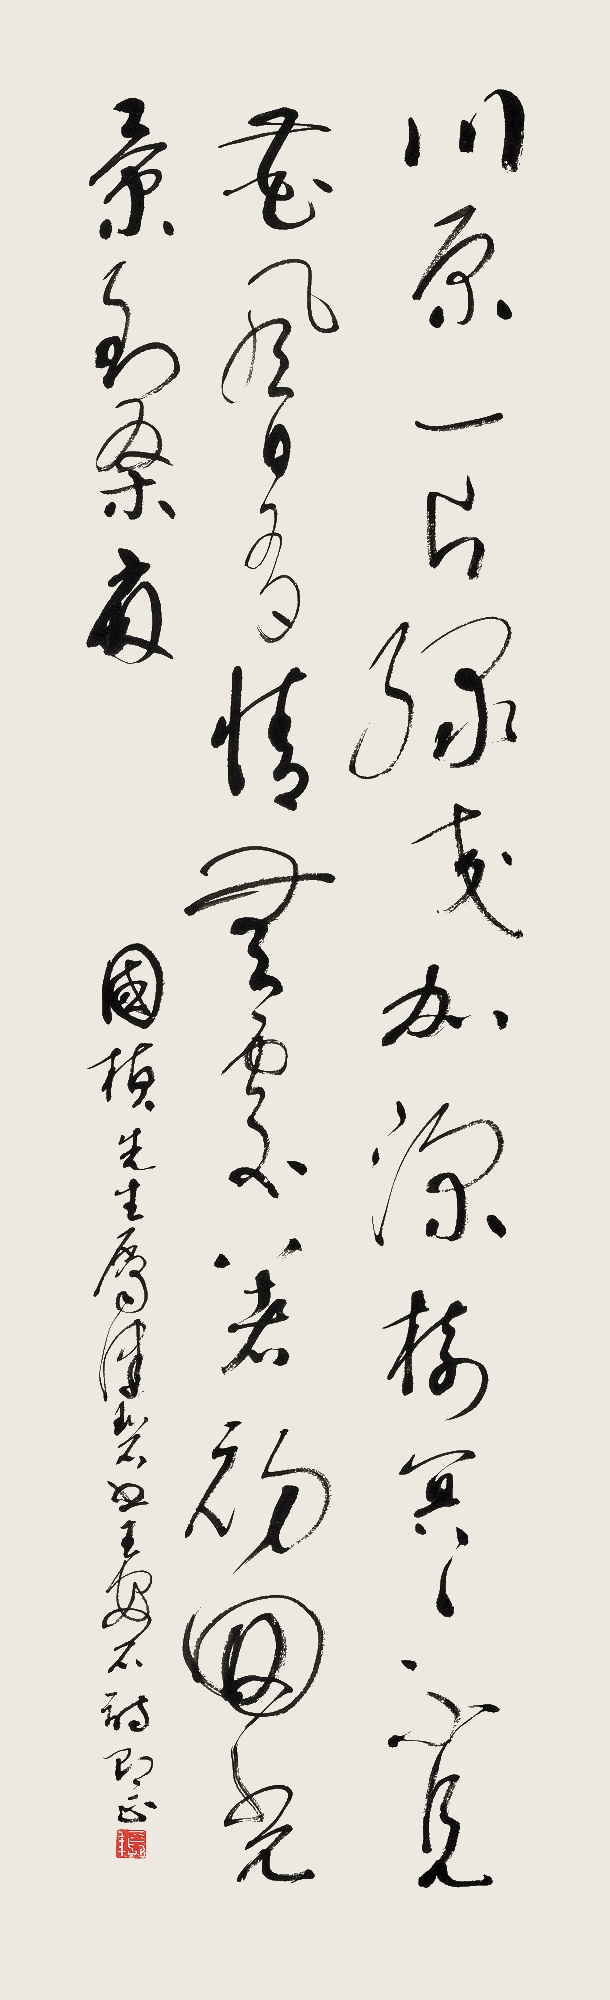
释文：川原一片绿交加，深树冥冥不见花。风日有情无处着，初回光景到桑麻。国桢先生属，健碧书王安石诗即正。